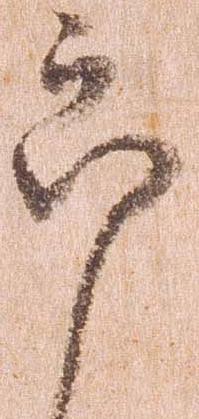
郎